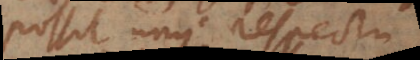
possit unus respectu